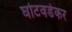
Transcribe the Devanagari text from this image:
घोटवडेकर